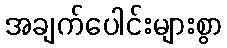
အချက်ပေါင်းများစွာ